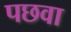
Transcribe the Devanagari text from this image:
पछवा